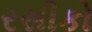
રસીકો